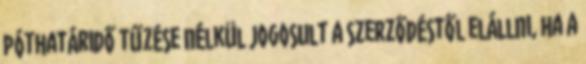
póthatáridő tűzése nélkül jogosult a szerződéstől elállni, ha a